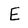
Character: E